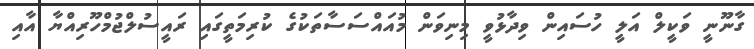
ގާނޫނީ ވަކީލް އަލީ ހުސައިން ވިދާޅުވީ މިނިވަން މުއައްސަސާތަކުގެ ކުރިމަތީގައި ރައީސުލްޖުމްހޫރިއްޔާ އާއި